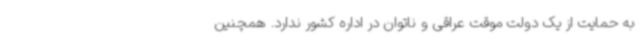
به حمایت از یک دولت موقت عراقی و ناتوان در اداره کشور ندارد. همچنین